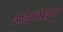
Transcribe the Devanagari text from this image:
आइसोप्रोटुरान